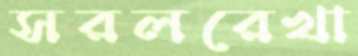
সরলরেখা